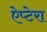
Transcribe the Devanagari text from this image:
ऐप्टेरा